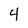
Character: 4